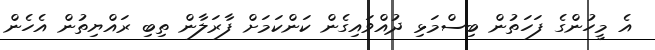
އެ މީހުންގެ ފަހަތުން ބިސްމަޅި ދުއްވައިގެން ކަންކަމަށް ފާރަލާން ތިބި ރައްޔިތުން އެހެން